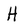
Character: H